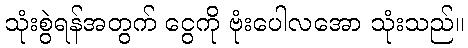
သုံးစွဲရန်အတွက် ငွေကို ဗုံးပေါလအော သုံးသည်။